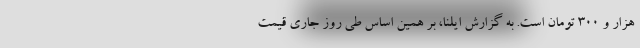
هزار و ۳۰۰ تومان است. به گزارش ایلنا، بر همین‌ اساس طی روز جاری قیمت